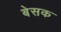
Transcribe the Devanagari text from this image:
बेसक